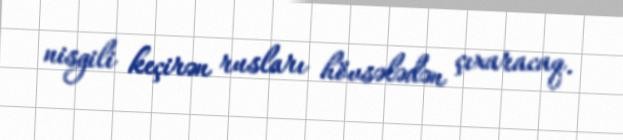
nisgili keçirən rusları hövsələdən çıxaracaq.